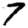
Digit: 7